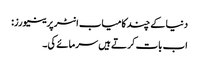
دنیا کے چند کامیاب انٹرپرینیورز:
اب بات کرتے ہیں سرمائے کی۔